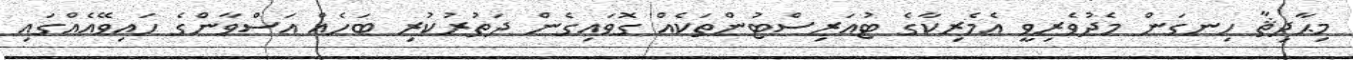
މިޙާދިޘާ ހިނގަން މެދުވެރިވީ އެމެރިކާގެ ޓުއަރިސްޓުންތަކެއް ގޮވައިގެން ދަތުރުކުރި ބަހެއް އަސްވާންގެ ހައިވޭއެއްގައި